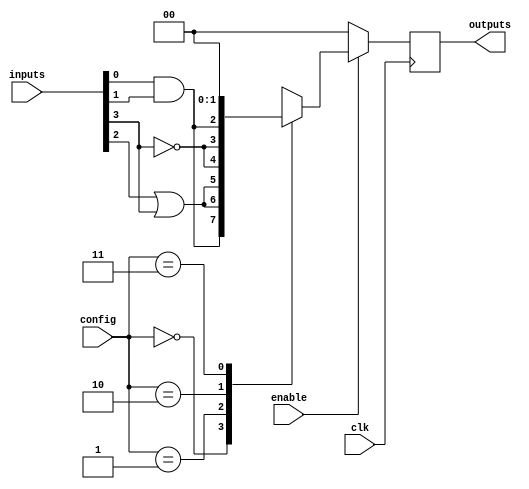
module CLB #(
    parameter NUM_INPUTS = 4,  // Number of input signals
    parameter NUM_OUTPUTS = 2   // Number of output signals
)(
    input wire [NUM_INPUTS-1:0] inputs,           // Input signals
    input wire [NUM_OUTPUTS-1:0] config,          // Configuration signals for logic functions
    input wire enable,                             // Enable signal
    input wire clk,                                // Clock signal
    output reg [NUM_OUTPUTS-1:0] outputs          // Output signals
);

// Internal wires for logic functions
wire and_out, or_out, not_out;

// Logic Functions
assign and_out = inputs[0] & inputs[1];               // AND gate
assign or_out = inputs[2] | inputs[3];                 // OR gate
assign not_out = ~inputs[3];                            // NOT gate

// Output Logic with Enable Control
always @(posedge clk) begin
    if (enable) begin
        case (config)
            2'b00: outputs <= {and_out, or_out};   // Output AND and OR
            2'b01: outputs <= {or_out, not_out};   // Output OR and NOT
            2'b10: outputs <= {not_out, and_out};  // Output NOT and AND
            2'b11: outputs <= {1'b0, 1'b0};         // Disable outputs
            default: outputs <= {1'b0, 1'b0};       // Default case
        endcase
    end else begin
        outputs <= {1'b0, 1'b0};                     // Disable outputs if not enabled
    end
end

// Test Functionality (Example for BIST)
initial begin
    // Add your built-in self-test (BIST) logic here
    // For example, check if outputs are valid based on inputs.
end

endmodule